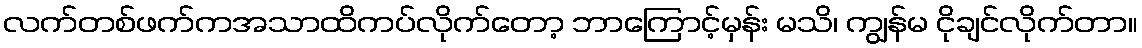
လက်တစ်ဖက်ကအသာထိကပ်လိုက်တော့ ဘာကြောင့်မှန်း မသိ၊ ကျွန်မ ငိုချင်လိုက်တာ။